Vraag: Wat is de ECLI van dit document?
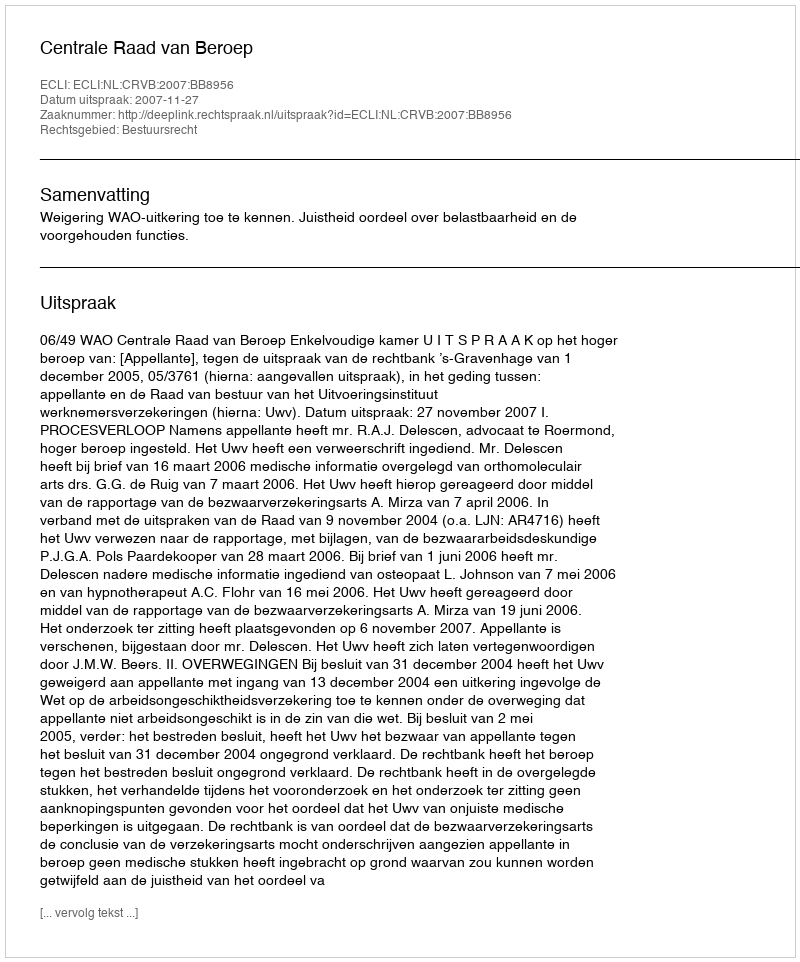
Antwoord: ECLI:NL:CRVB:2007:BB8956